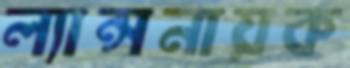
ল্যান্সনায়ক